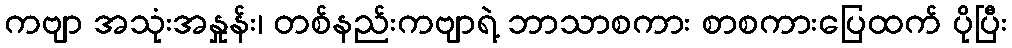
ကဗျာ အသုံးအနှုန်း၊ တစ်နည်းကဗျာရဲ့ ဘာသာစကား စာစကားပြေထက် ပိုပြီး